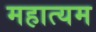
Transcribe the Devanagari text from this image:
महात्यम